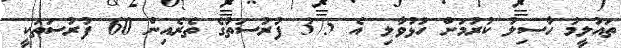
ތައުލީމު ހާސިލު ކުރުމަށް ހުޅުވާލި އެ 375 ފުރުސަތުގެ ތެރެއިން 60 ފުރުސަތަކީ